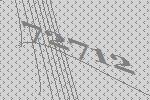
72712